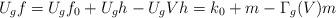
LaTeX: \begin{align*}U_gf=U_gf_0 +U_gh -U_gVh=k_0+m-\Gamma_g(V)m\end{align*}